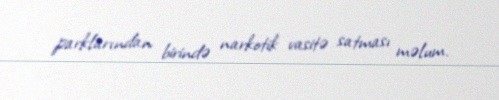
parklarından birində narkotik vasitə satması məlum.